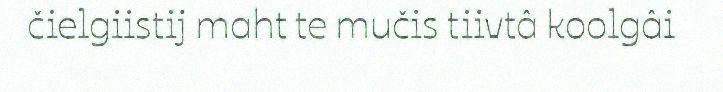
čielgiistij maht te mučis tiivtâ koolgâi